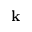
\mathbf { k }